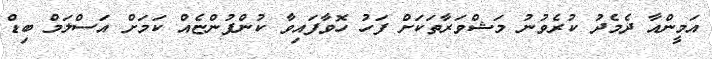
އަމީންއާ ދެމެދު ކުރެވުނު މަޝްވަރާތަކަށް ފަހު ހޮވާފައިވާ ކުންފުންޏެއް ކަމަށް އަސްލަމް ބިޑް